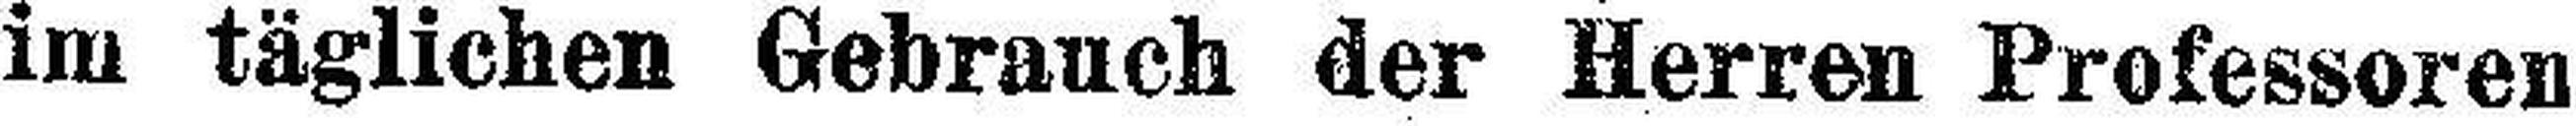
im täglichen Gebrauch der Herren Professoren